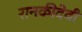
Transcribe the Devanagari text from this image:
रानकीदेवी